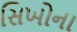
સિખોના